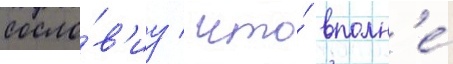
сосло́в'иу / что́ вполн'е́